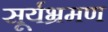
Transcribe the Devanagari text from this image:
सूर्यभ्रमण